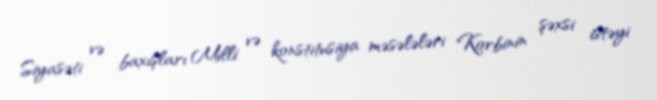
Siyasəti və baxışları Milli və konstitusiya məsələləri Korbinin şəxsi istəyi